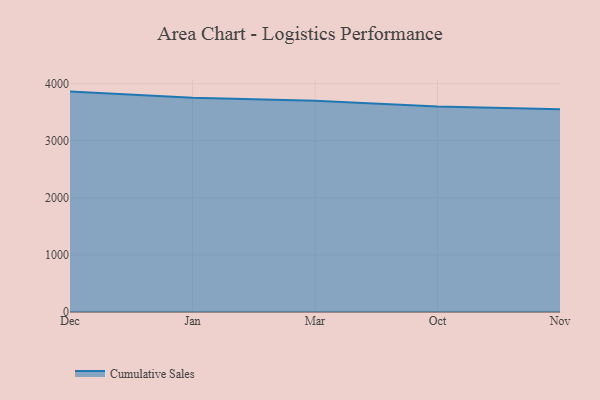
{"axis": {"x": "Month", "y": "Customer Acquisition Cost (USD)"}, "legend": ["Cumulative Sales"], "data": [{"x": "Dec", "y": 3860.9, "type": "Cumulative Sales"}, {"x": "Jan", "y": 3754.6, "type": "Cumulative Sales"}, {"x": "Mar", "y": 3701.4, "type": "Cumulative Sales"}, {"x": "Oct", "y": 3599.0, "type": "Cumulative Sales"}, {"x": "Nov", "y": 3551.0, "type": "Cumulative Sales"}]}